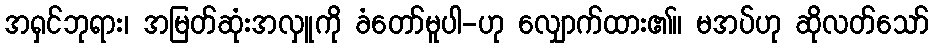
အရှင်ဘုရား၊ အမြတ်ဆုံးအလှူကို ခံတော်မူပါ-ဟု လျှောက်ထား၏။ မအပ်ဟု ဆိုလတ်သော်